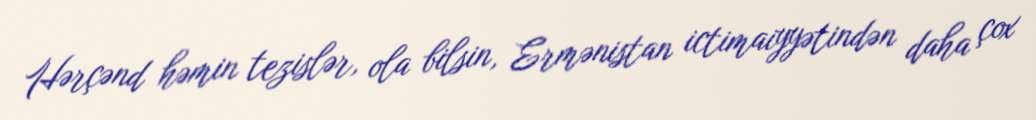
Hərçənd həmin tezislər, ola bilsin, Ermənistan ictimaiyyətindən daha çox